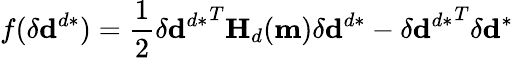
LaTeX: f(\delta\mathbf{d}^{d*})=\frac{1}{2}{\delta\mathbf{d}^{d*}}^{T}\mathbf{H}_{d}(\mathbf{m}){\delta\mathbf{d}^{d*}}-{\delta\mathbf{d}^{d*}}^{T}\delta\mathbf{d}^{*}